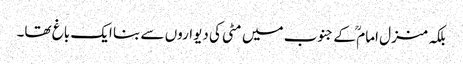
بلکہ منزل امام ؒ کے جنوب میں مٹی کی دیواروں سے بنا ایک باغ تھا۔